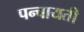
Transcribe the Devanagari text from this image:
पन्चायती